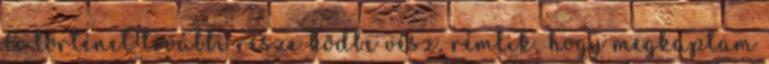
A történet további része ködbe vész, rémlik, hogy megkaptam